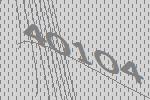
40104